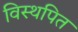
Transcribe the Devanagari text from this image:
विस्थपित